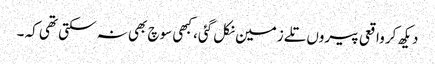
دیکھ کر واقعی پیروں تلے زمین نکل گئی، کبھی سوچ بھی نہ سکتی تھی کہ ۔